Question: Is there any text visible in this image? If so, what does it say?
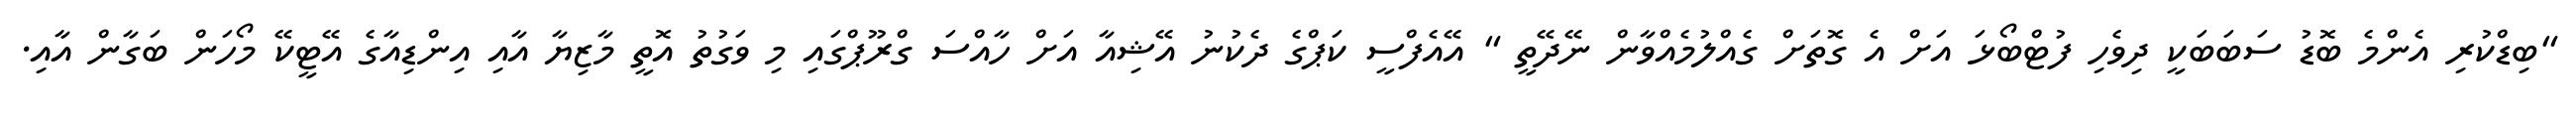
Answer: "ބިޑްކުރި އެންމެ ބޮޑު ސަބަބަކީ ދިވެހި ފުޓްބޯޅަ އަށް އެ ގޮތަށް ގެއްލުމެއްވާން ނޭދޭތީ " އޭއެފްސީ ކަޕްގެ ދެކުނު އޭޝިއާ އަށް ހާއްސަ ގްރޫޕްގައި މި ވަގުތު އޮތީ މާޒިޔާ އާއި އިންޑިއާގެ އޭޓީކޭ މޯހަން ބަގާން އާއި.